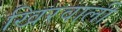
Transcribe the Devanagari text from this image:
खिरवाली